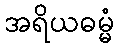
အရိယဓမ္မံ